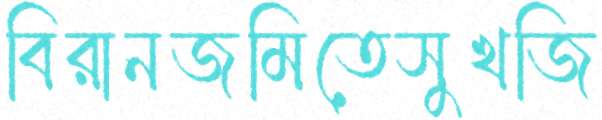
বিরানজমিতেসুখজি